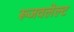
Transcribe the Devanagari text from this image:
रूजवलेल्ट